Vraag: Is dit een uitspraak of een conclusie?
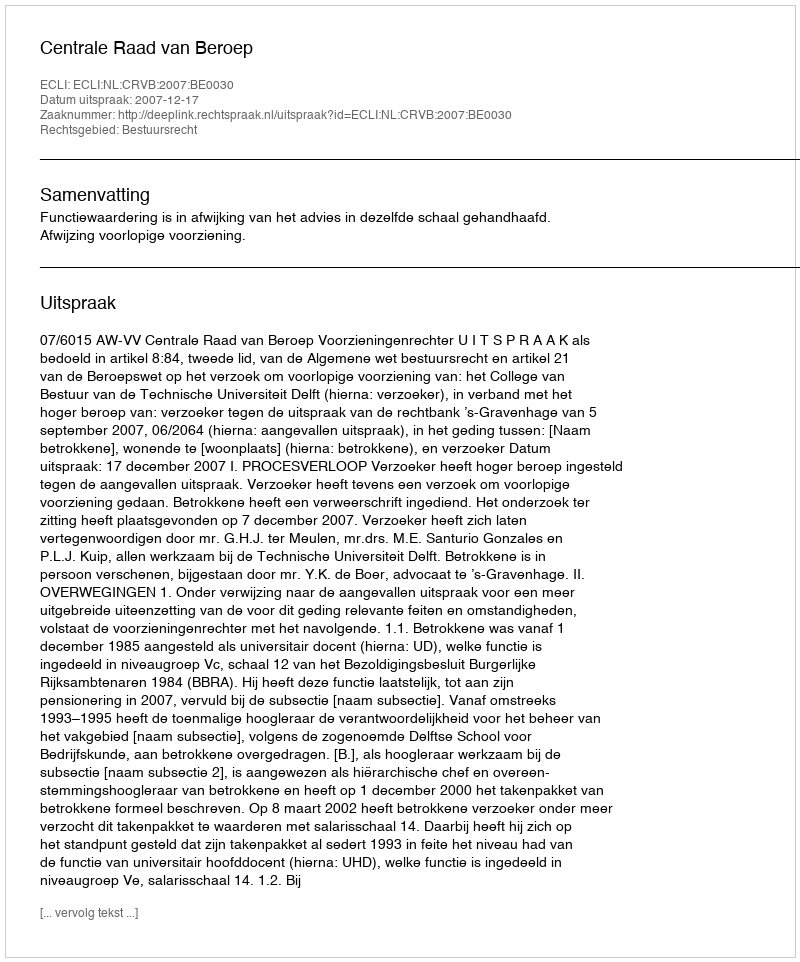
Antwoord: Uitspraak